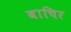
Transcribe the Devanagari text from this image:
बाचिर